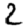
Digit: 2